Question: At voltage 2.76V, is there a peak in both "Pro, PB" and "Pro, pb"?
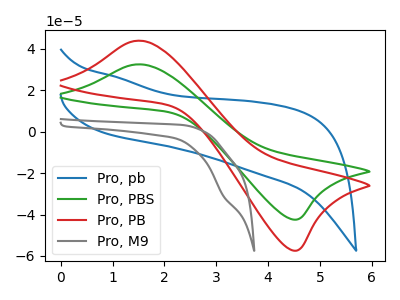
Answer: <think>The blue curve "Pro, pb" has no peaks. The green curve "Pro, PBS" has an anodic peak at (1.55V, 32.35uA) and a cathodic peak at (4.50V, -42.40uA). The red curve "Pro, PB" has an anodic peak at (1.55V, 43.80uA) and a cathodic peak at (4.50V, -57.35uA). The gray curve "Pro, M9" has a cathodic peak at: (3.15V, -31.20uA).</think>
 <answer>No, "Pro, PB" and "Pro, pb" dont share a peak at 2.76V.</answer>
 <eval>mismatch</eval>